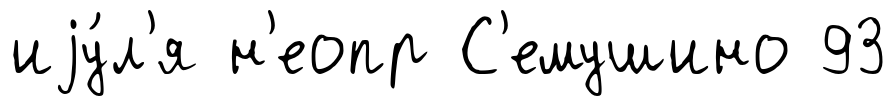
иjу́л'я н'еопр С'емушино 93